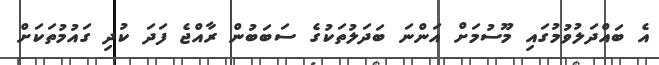
އެ ބައްދަލުވުމުގައި މޫސުމަށް އަންނަ ބަދަލުތަކުގެ ސަބަބުން ރާއްޖެ ފަދަ ކުދި ގައުމުތަކަށް